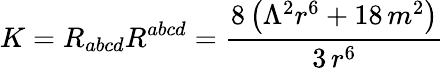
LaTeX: K=R_{abcd}R^{abcd}=\frac{8\, {\left(\Lambda^{2}r^{6}+18\, m^{2}\right)}}{3\, r^{6}}